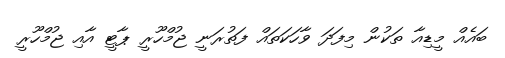
ބައެއް މީޑިއާ ތަކުން މިފަދަ ވާހަކަތައް ފަތުރަނީ ޖުމްހޫރީ ޕާޓީ އާއި ޖުމްހޫރީ